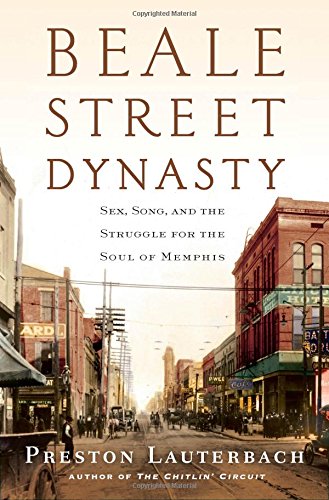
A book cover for Beale Street Dynasty: Sex, Song, and the Struggle for the Soul of Memphis; Preston Lauterbach; Politics & Social Sciences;